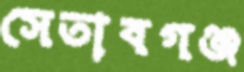
সেতাবগঞ্জ